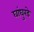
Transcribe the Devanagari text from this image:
घांघुरडे